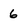
Character: 6